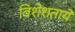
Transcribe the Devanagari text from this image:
विशेशतायें